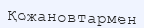
Қожановтармен